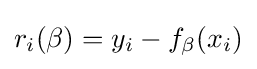
r_{i}(\beta )=y_{i}-f_{\beta }(x_{i})